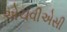
એચવીએસી